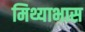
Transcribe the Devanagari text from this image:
मिथ्याभास